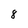
Character: 8